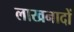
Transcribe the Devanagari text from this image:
लाखनादों